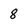
Character: 8